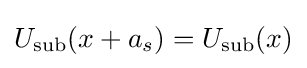
U_{\text{sub}}(x+a_{s})=U_{\text{sub}}(x)